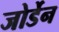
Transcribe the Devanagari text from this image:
जोर्डेन